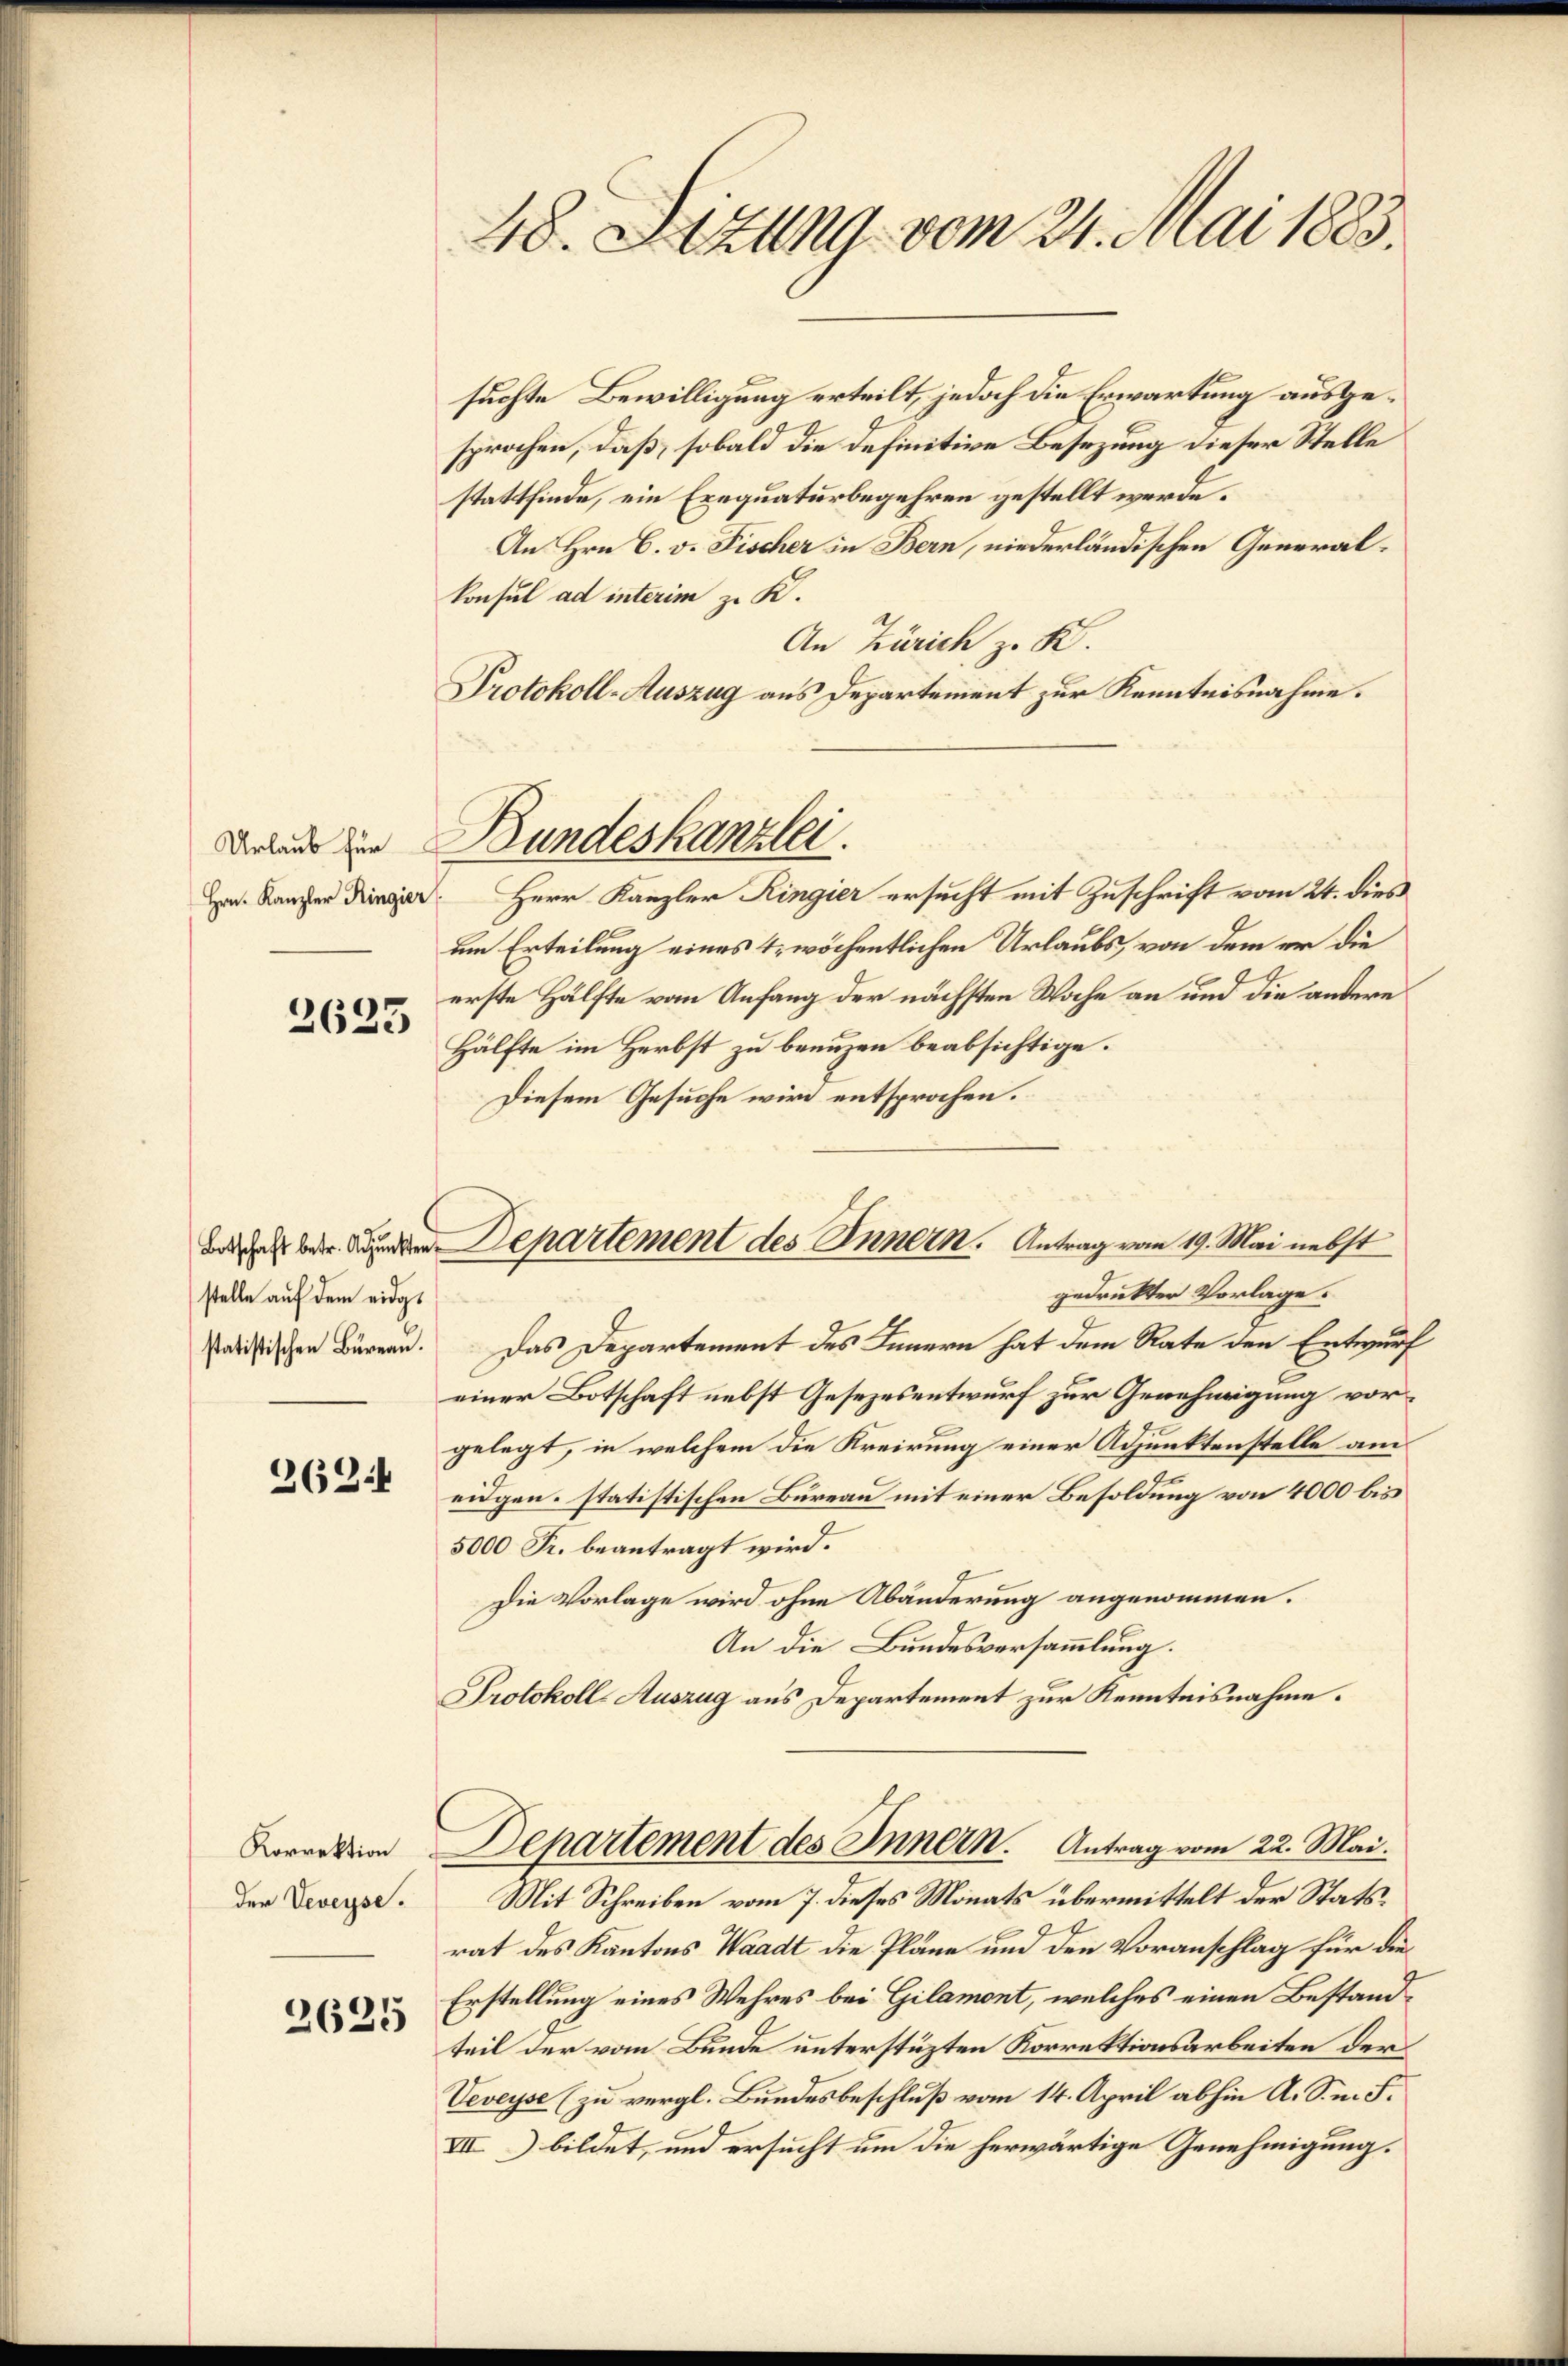
2623

stelle auf dem eidg¬

262

Korrektion
der Veveyse.

2625

48. Sizung vom 24. Mai 1883.

suchte Bewilligung erteilt, jedoch die Erwartung ausgesprochen, daß, sobald die definitive Besezung dieser Stelle
stattfinde, ein Ernquaturbegehren gestellt werde.
An Hrn. C. v. Fischer in Bern, niederländischen Generalkonsul ad interim zu K.
An Zürich z. K.
Protokoll-Auszug aus Departement zur Kenntnisnahme.
Hr. Kanzer die Herr Kanzler Ringier ersucht mit Zuschrift vom 24. dies
um Erteilung eines 1 wöchentlichen Urlaubs, von dem er die
erste Hälfte vom Anfang der nächsten Woche an und die andere
Hälfte im Herbst zu breuzen beabsichtige.
Diesem Gesuche wird entsprochen.
gedruckter Vorlage.
satistischen Büreau. Das Departement des Innern hat dem Rate den Entwurf
einer Botschaft nebst Gesezesentwurf zur Genehmigung vorgelegt, in welchem die Kreirung einer Adjunktenstelle am
eidgen. statistischen Bureau mit einer Besoldung von 4000 bis
5000 Fr. beantragt wird.
Die Vorlage wird ohne Abänderung angenommen.
An die Bundesversammlung.
Protokoll-Auszug aus Departement zur Kenntnisnahme.
Departement des Innern. Antrag vom 22. Mai.
Mit Schreiben vom 7. dieses Monats übermittelt der Statsrat des Kantons Waadt die Pläne und den Voranschlag für die¬
Erstellung eines Wehres bei Gilamont, welches einen Bestandteil der vom Bunde unterstüzten Korrektionsarbeiten der
Veveyse (zu vergl. Bundesbeschluß vom 14. April abhin A. S. m. S.
VII) bildet, und ersucht um die herwärtige Genehmigung.

Daus in Bundeskanzlei.

B  der Departement des Innern. Antrag vom 19. Mai nebst